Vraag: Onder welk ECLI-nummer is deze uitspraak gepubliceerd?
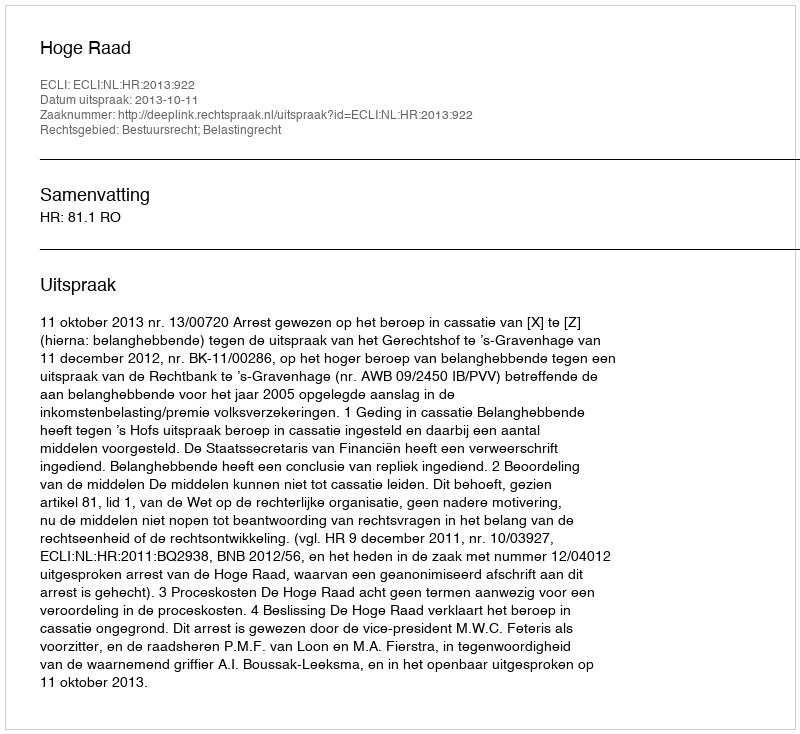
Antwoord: ECLI:NL:HR:2013:922